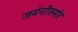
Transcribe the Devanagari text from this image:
जर्मनीसमोर